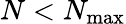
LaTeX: N<N_{\operatorname*{max}}